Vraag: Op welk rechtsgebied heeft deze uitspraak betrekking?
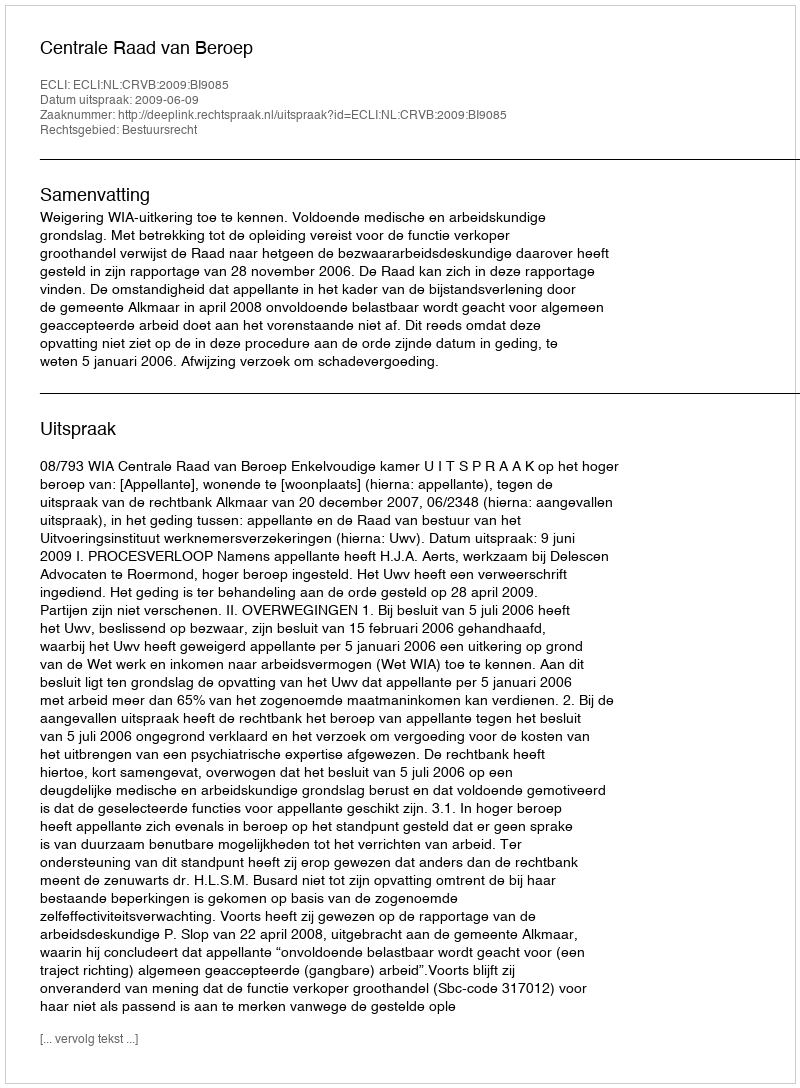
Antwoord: Bestuursrecht